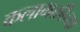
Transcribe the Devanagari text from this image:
कलाभक्तीच्या